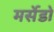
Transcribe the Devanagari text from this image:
मर्सेडो